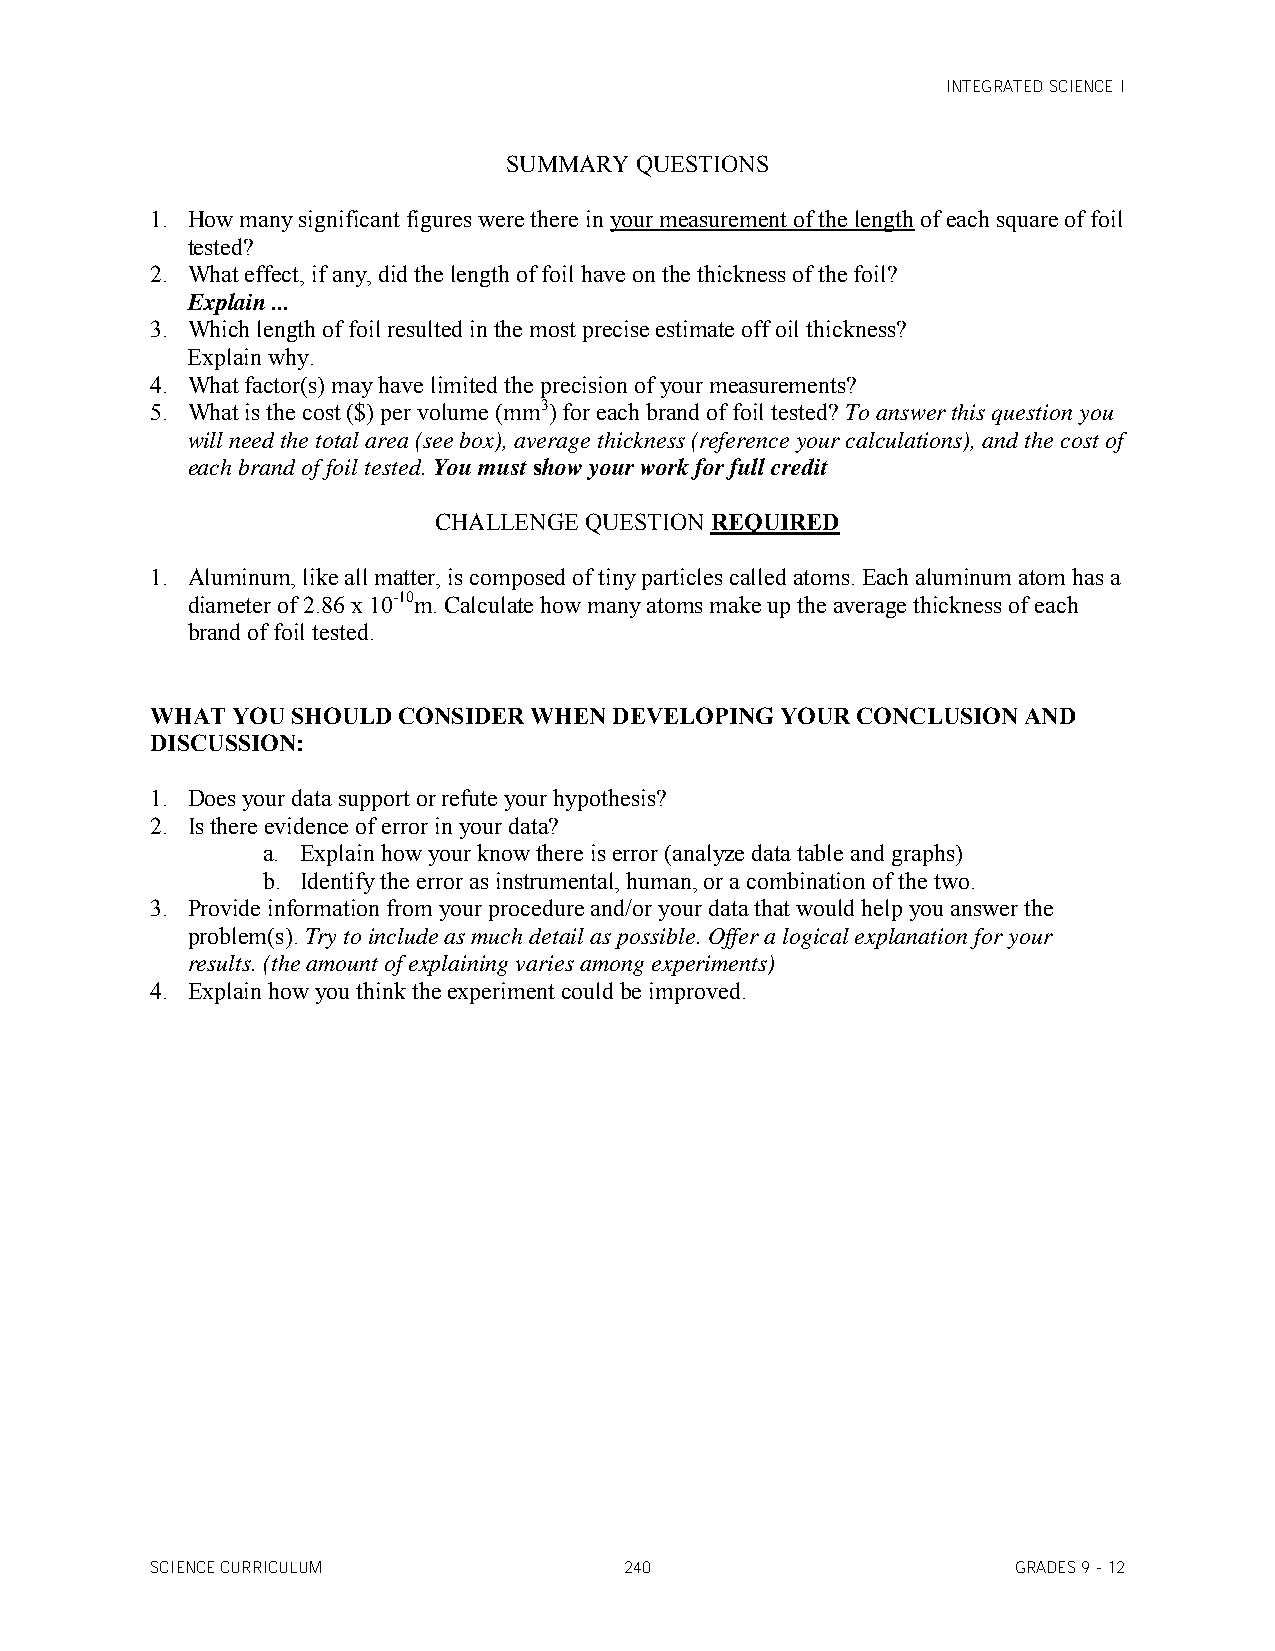
INTEGRATED SCIENCE I
 SUMMARY QUESTIONS
 1. How many significant figures were there in your measurement of the length of each square of foil
 tested?
 2. What effect, if any, did the length of foil have on the thickness of the foil?
 Explain ...
 3. Which length of foil resulted in the most precise estimate off oil thickness?
 Explain why.
 4. What factor(s) may have limited the precision of your measurements?
 5. What is the cost ($) per volume (mm3) for each brand of foil tested? To answer this question you
 will need the total area (see box), average thickness (reference your calculations), and the cost of
 each brand of foil tested. You must show your work for full credit
 CHALLENGE QUESTION REQUIRED
 1. Aluminum, like all matter, is composed of tiny particles called atoms. Each aluminum atom has a
 diameter of 2.86 x 10-10m. Calculate how many atoms make up the average thickness of each
 brand of foil tested.
 WHAT YOU SHOULD CONSIDER WHEN  DEVELOPING YOUR CONCLUSION AND
 DISCUSSION:
 1. Does your data support or refute your hypothesis?
 2. Is there evidence of error in your data?
 a. Explain how your know there is error (analyze data table and graphs)
 b. Identify the error as instrumental, human, or a combination of the two.
 3. Provide information from your procedure and/or your data that would help you answer the
 problem(s). Try to include as much detail as possible. Offer a logical explanation for your
 results. (the amount of explaining varies among experiments)
 4. Explain how you think the experiment could be improved.
 SCIENCE CURRICULUM             240                       GRADES 9 - 12